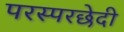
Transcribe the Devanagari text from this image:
परस्परछेदी